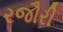
રજૌરી